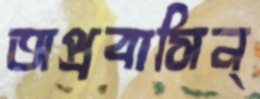
অপ্রবাসিন্